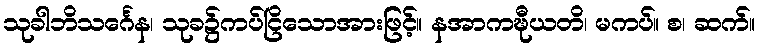
သုခါဘိသင်္ဂေန၊ သုခ၌ကပ်ငြိသောအားဖြင့်။ နအာကဍ္ဎီယတိ၊ မကပ်။ စ၊ ဆက်။